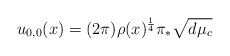
\begin{align*} u_{0,0}(x) = (2\pi) \rho(x)^\frac{1}{4} \pi_*\sqrt{d\mu_c}\end{align*}